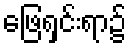
ဖြေရှင်းရာ၌